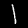
Label: 1